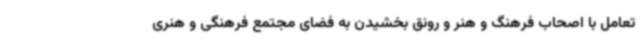
تعامل با اصحاب فرهنگ و هنر و رونق بخشیدن به فضای مجتمع فرهنگی و هنری